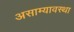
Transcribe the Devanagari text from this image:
असाम्यावस्था